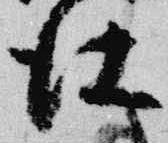
仕